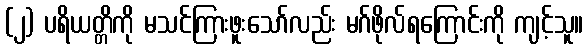
(၂) ပရိယတ္တိကို မသင်ကြားဖူးသော်လည်း မဂ်ဖိုလ်ရကြောင်းကို ကျင့်သူ။